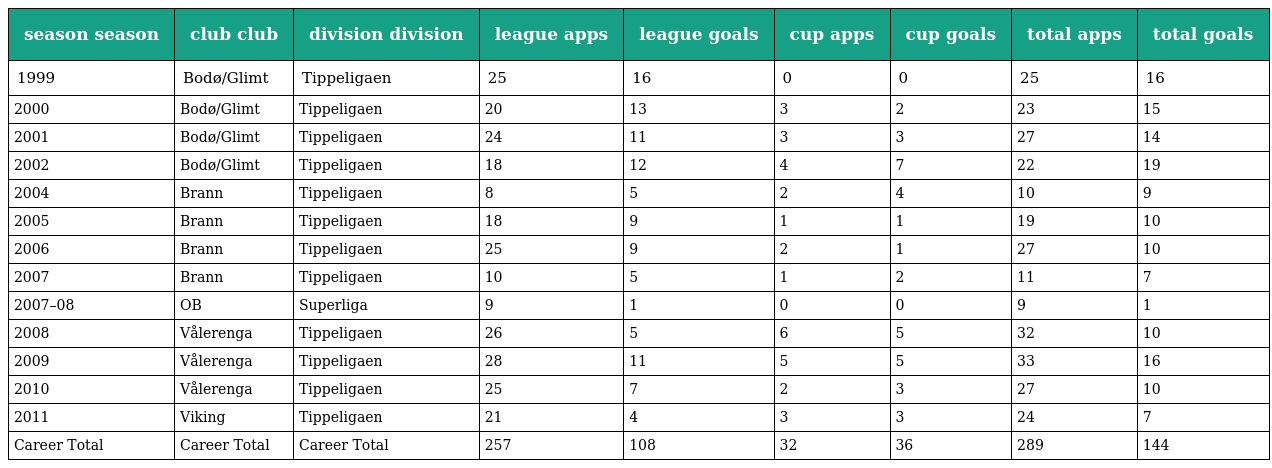
| season season | club club | division division | league apps | league goals | cup apps | cup goals | total apps | total goals |
 | --- | --- | --- | --- | --- | --- | --- | --- | --- |
 | 1999 | Bodø/Glimt | Tippeligaen | 25 | 16 | 0 | 0 | 25 | 16 |
 | 2000 | Bodø/Glimt | Tippeligaen | 20 | 13 | 3 | 2 | 23 | 15 |
 | 2001 | Bodø/Glimt | Tippeligaen | 24 | 11 | 3 | 3 | 27 | 14 |
 | 2002 | Bodø/Glimt | Tippeligaen | 18 | 12 | 4 | 7 | 22 | 19 |
 | 2004 | Brann | Tippeligaen | 8 | 5 | 2 | 4 | 10 | 9 |
 | 2005 | Brann | Tippeligaen | 18 | 9 | 1 | 1 | 19 | 10 |
 | 2006 | Brann | Tippeligaen | 25 | 9 | 2 | 1 | 27 | 10 |
 | 2007 | Brann | Tippeligaen | 10 | 5 | 1 | 2 | 11 | 7 |
 | 2007–08 | OB | Superliga | 9 | 1 | 0 | 0 | 9 | 1 |
 | 2008 | Vålerenga | Tippeligaen | 26 | 5 | 6 | 5 | 32 | 10 |
 | 2009 | Vålerenga | Tippeligaen | 28 | 11 | 5 | 5 | 33 | 16 |
 | 2010 | Vålerenga | Tippeligaen | 25 | 7 | 2 | 3 | 27 | 10 |
 | 2011 | Viking | Tippeligaen | 21 | 4 | 3 | 3 | 24 | 7 |
 | Career Total | Career Total | Career Total | 257 | 108 | 32 | 36 | 289 | 144 |